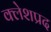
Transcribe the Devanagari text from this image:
क्लेशप्रद